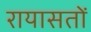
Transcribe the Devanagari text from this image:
रायासतों